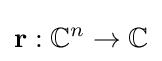
\mathbf {r} :\mathbb {C} ^{n}\to \mathbb {C}